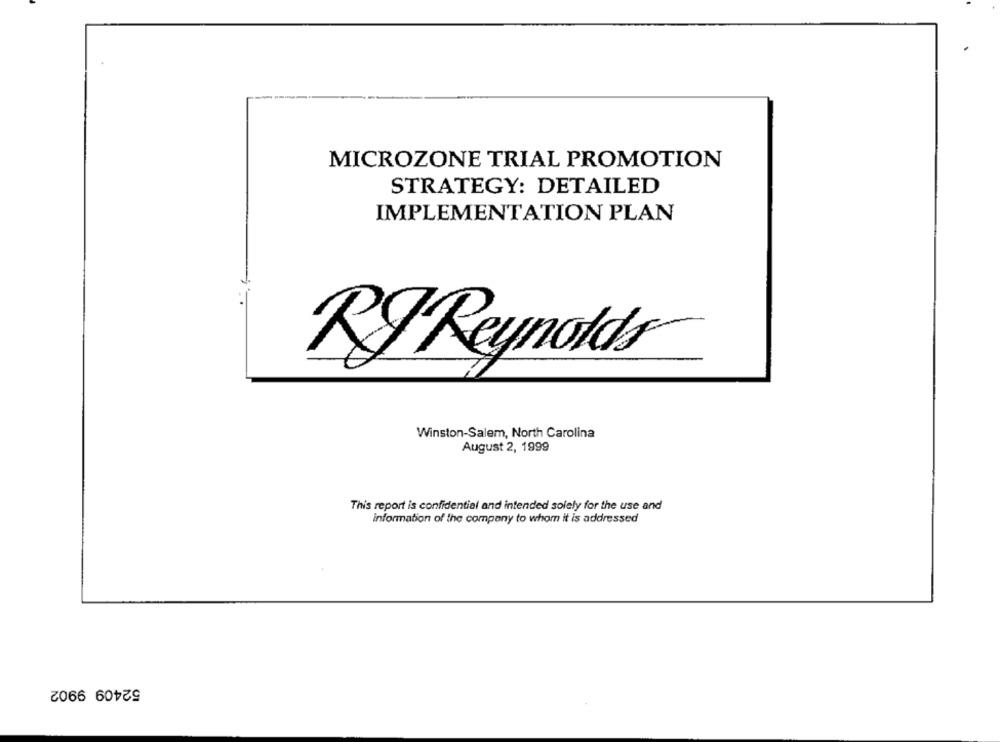
MICROZONE TRIAL PROMOTION
STRATEGY: DETAILED
IMPLEMENTATION PLAN
RJ Reynolds
Winston-Salem, North Carolina
August 2, 1999
This report is confidential and intended solely for the use and
information of the company to whom it is addressed
52409 9902